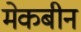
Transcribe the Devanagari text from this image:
मेकबीन